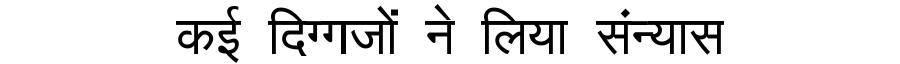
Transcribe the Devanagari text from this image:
कई दिग्गजों ने लिया संन्यास